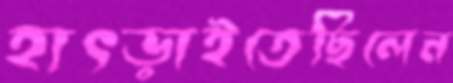
হাৎড়াইতেছিলেন